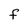
Character: F